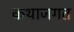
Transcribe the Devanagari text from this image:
कथाजगत